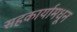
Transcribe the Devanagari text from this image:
सहकार्यामधून